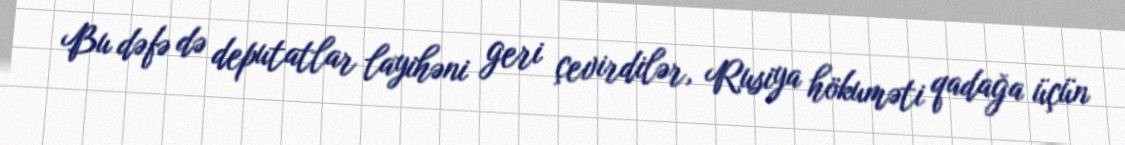
Bu dəfə də deputatlar layihəni geri çevirdilər, Rusiya hökuməti qadağa üçün